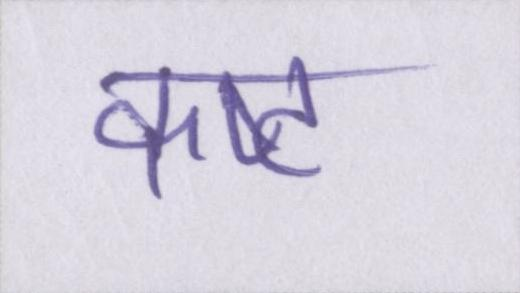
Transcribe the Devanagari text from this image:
कष्ट